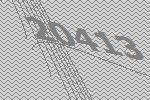
20413